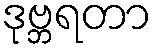
ဒုဗ္ဘရတာ